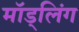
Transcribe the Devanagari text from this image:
मॉड्लिंग